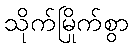
သိုက်မြိုက်စွာ